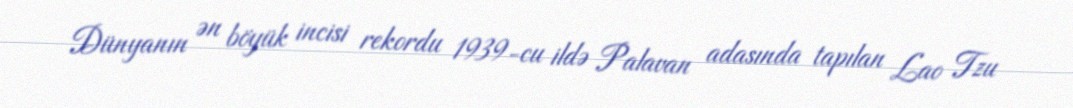
Dünyanın ən böyük incisi rekordu 1939-cu ildə Palavan adasında tapılan Lao Tzu